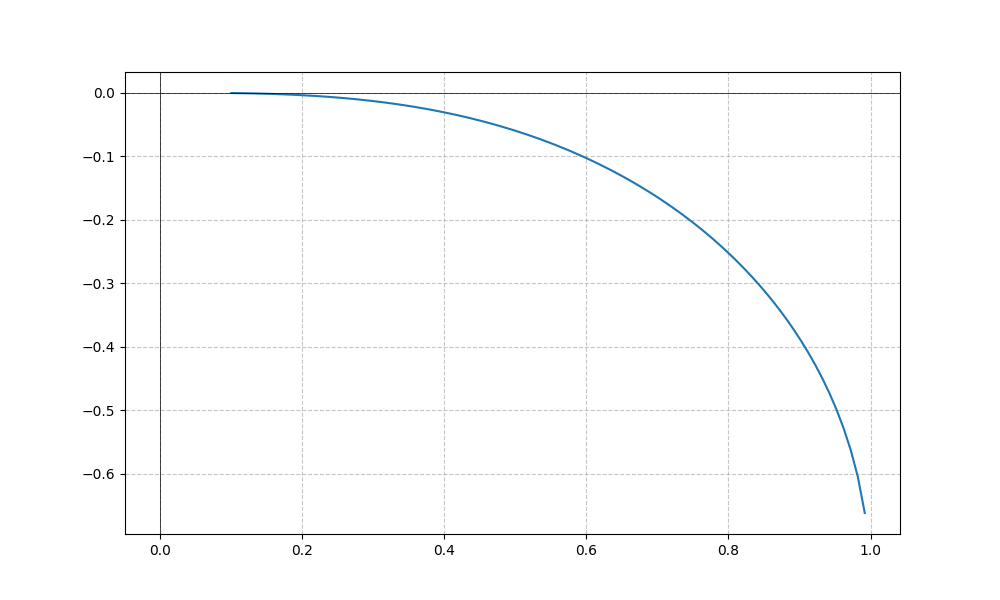
LaTeX formula: - \operatorname{asin}{\left(x \right)} + \operatorname{atan}{\left(x \right)}